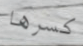
كسرها